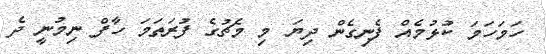
ހަމަހަމަ ކުޅުމެއް ފެނިގެން ދިޔަ މި މެޗުގެ ފުރަތަމަ ހާފް ނިމުނީ ދެ